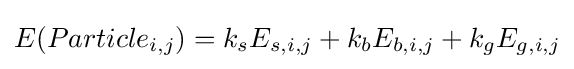
E(Particle_{i,j})=k_{s}E_{s,i,j}+k_{b}E_{b,i,j}+k_{g}E_{g,i,j}